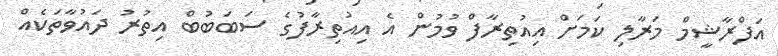
އަފްރާޝީމް މަރާލި ކަމަށް އިއުތިރާފް ވުމުން އެ އިއުތިރާފުގެ ސަބަބުބް އިތުރު ދައުވާތަކެއް